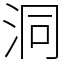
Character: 洞